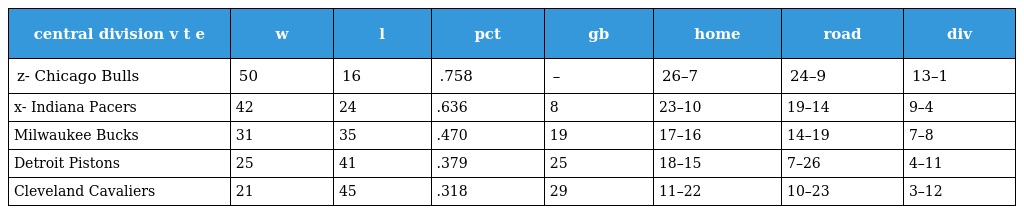
| central division v t e | w | l | pct | gb | home | road | div |
 | --- | --- | --- | --- | --- | --- | --- | --- |
 | z- Chicago Bulls | 50 | 16 | .758 | – | 26–7 | 24–9 | 13–1 |
 | x- Indiana Pacers | 42 | 24 | .636 | 8 | 23–10 | 19–14 | 9–4 |
 | Milwaukee Bucks | 31 | 35 | .470 | 19 | 17–16 | 14–19 | 7–8 |
 | Detroit Pistons | 25 | 41 | .379 | 25 | 18–15 | 7–26 | 4–11 |
 | Cleveland Cavaliers | 21 | 45 | .318 | 29 | 11–22 | 10–23 | 3–12 |